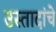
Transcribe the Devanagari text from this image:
उस्तादांचे